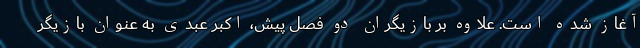
آغاز شده است. علاوه بر بازیگران دو فصل پیش، اکبر عبدی به عنوان بازیگر